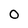
Character: 0